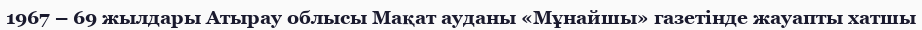
1967 – 69 жылдары Атырау облысы Мақат ауданы «Мұнайшы» газетінде жауапты хатшы